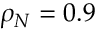
\rho _ { N } = 0 . 9